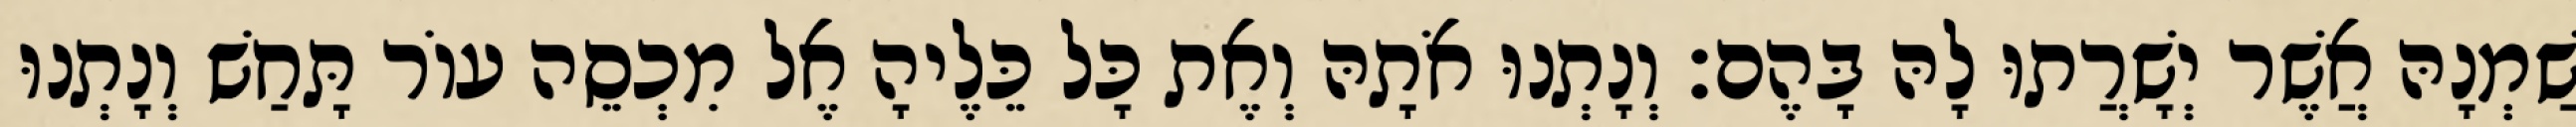
שַׁמְנָהּ אֲשֶׁר יְשָׁרֲתוּ לָהּ בָּהֶם׃ וְנָתְנוּ אֹתָהּ וְאֶת כָּל כֵּלֶיהָ אֶל מִכְסֵה עוֹר תָּחַשׁ וְנָתְנוּ